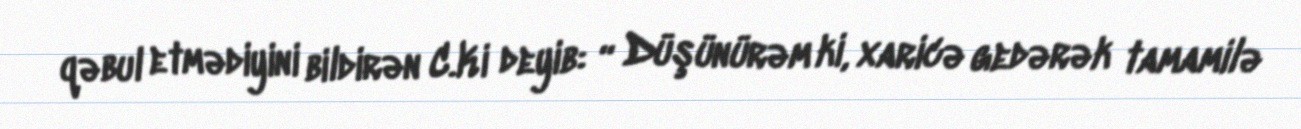
qəbul etmədiyini bildirən C.Ki deyib: “ Düşünürəm ki, xaricə gedərək tamamilə